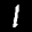
Label: 1